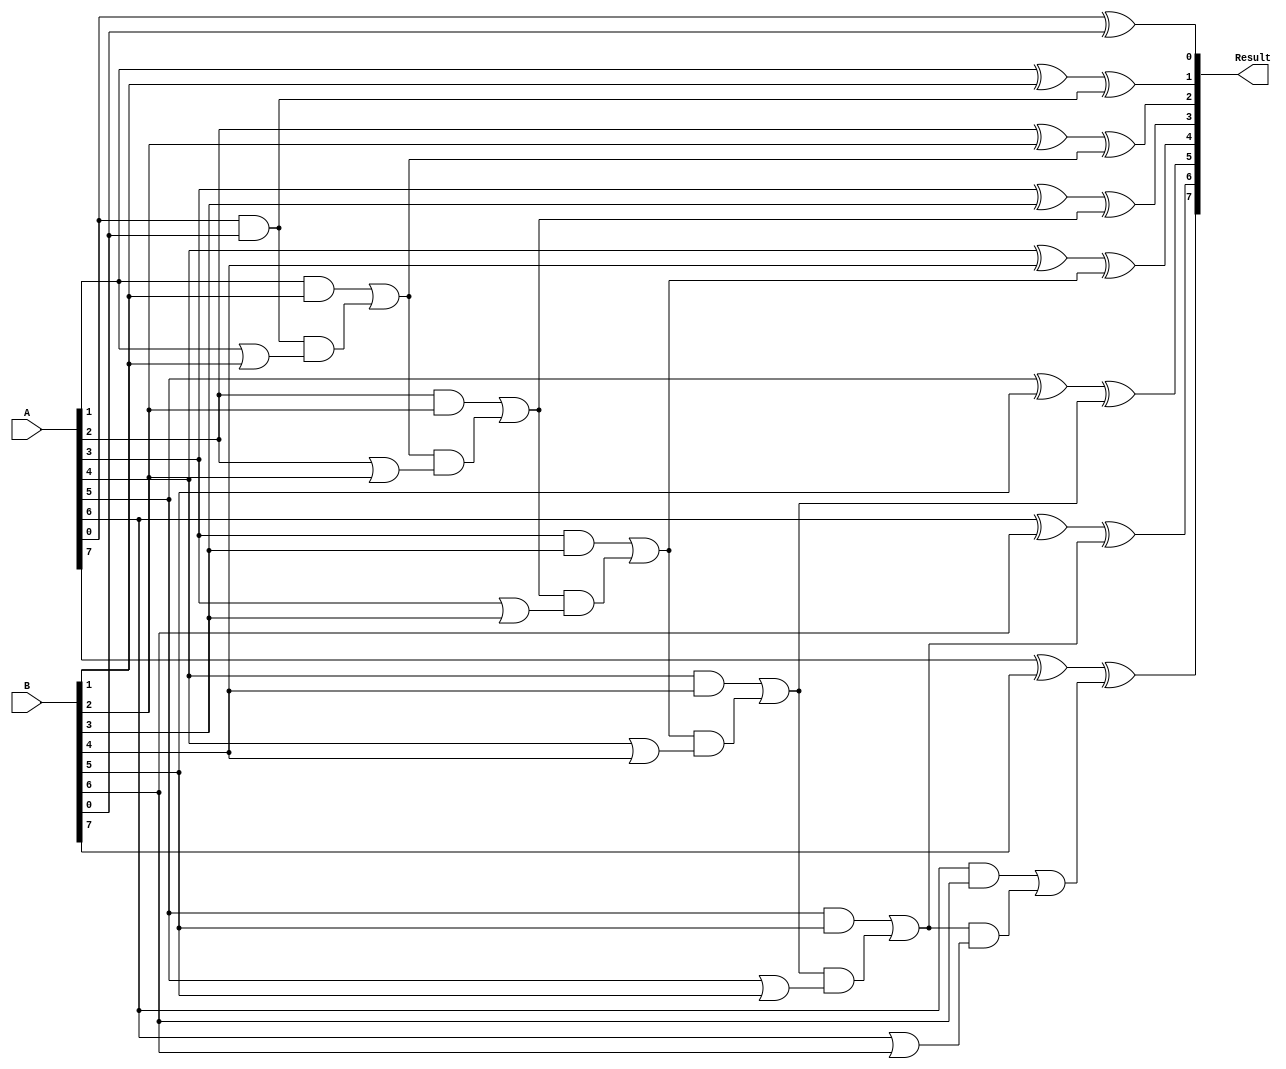
// Ripple Carry Adder
module adder(A, B, Result);

input [7:0] A, B;
output [7:0] Result;

reg [7:0] Result;
reg [8:0] LocalCarry;

integer i;

always@(A or B)
	begin
		LocalCarry = 9'd0;
		for(i = 0; i < 8; i = i + 1)
		begin
				Result[i] = A[i]^B[i]^LocalCarry[i];
				LocalCarry[i+1] = (A[i]&B[i])|(LocalCarry[i]&(A[i]|B[i]));
		end
end
endmodule